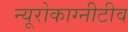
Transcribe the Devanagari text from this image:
न्यूरोकाग्नीटीव